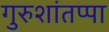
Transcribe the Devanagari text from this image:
गुरुशांतप्पा